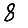
Digit: 8